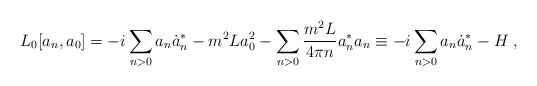
\begin{align*} L_0 [a_n ,a_0 ] = -i \sum_{n>0} a_n \dot a_n^* - m^2 L a_0^2 -\sum_{n>0} \frac{m^2 L}{4 \pi n}a_n^* a_n \equiv -i \sum_{n>0} a_n \dot a_n^* - H \; ,\end{align*}